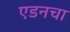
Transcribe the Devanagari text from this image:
एडनचा